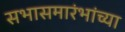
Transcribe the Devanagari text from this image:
सभासमारंभांच्या